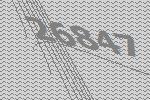
26847